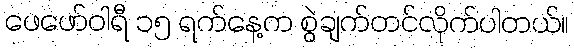
ဖေဖော်ဝါရီ ၁၅ ရက်နေ့က စွဲချက်တင်လိုက်ပါတယ်။